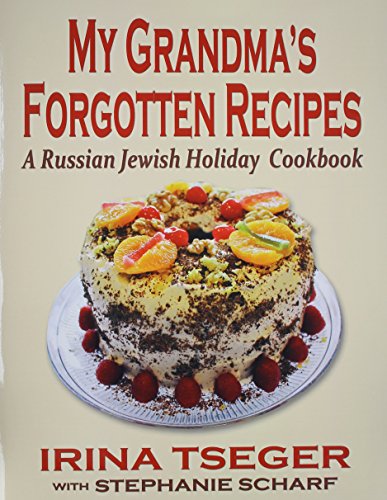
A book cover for My Grandma's Forgotten Recipes - A Russian Jewish Holiday Cookbook; Irina Tseger; Cookbooks, Food & Wine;